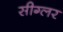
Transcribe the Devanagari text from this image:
सीग्लर